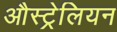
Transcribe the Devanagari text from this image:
औस्ट्रेलियन